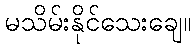
မသိမ်းနိုင်သေးချေ။